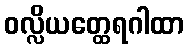
ဝလ္လိယတ္ထေရဂါထာ